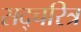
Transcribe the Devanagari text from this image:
सद्चरित्र